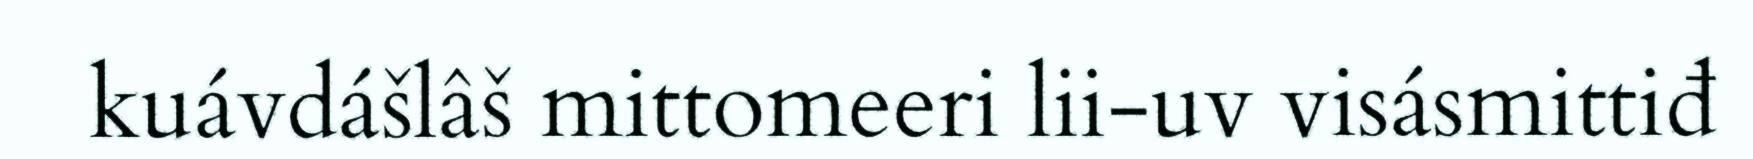
kuávdášlâš mittomeeri lii-uv visásmittiđ